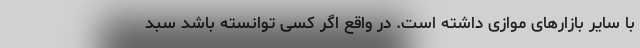
با سایر بازارهای موازی داشته است. در واقع اگر کسی توانسته باشد سبد